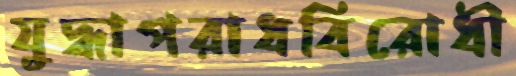
যুদ্ধাপরাধবিরোধী